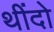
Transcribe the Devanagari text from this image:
थींदो